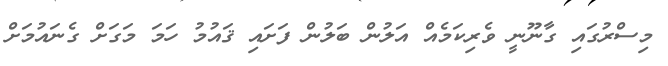
މިސްރުގައި ގާނޫނީ ވެރިކަމެއް އަލުން ބަލުން ފަށައި ޤައުމު ހަމަ މަގަށް ގެނައުމަށް